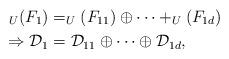
LaTeX: \begin{align*} _U(F_{1})&=_U(F_{11}) \oplus \cdots+ _U(F_{1d}) \\ \Rightarrow \mathcal{D}_{1} &= \mathcal{D}_{11} \oplus \cdots \oplus \mathcal{D}_{1d}, \end{align*}